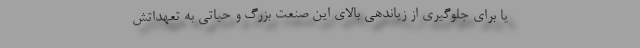
یا برای جلوگیری از زیاندهی بالای این صنعت بزرگ و حیاتی به تعهداتش